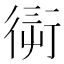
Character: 𧗭